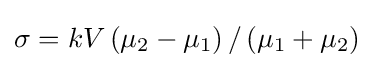
\sigma =kV\left(\mu _{2}-\mu _{1}\right)/\left(\mu _{1}+\mu _{2}\right)